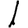
Digit: 1